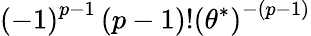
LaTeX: \left(-1\right)^{p-1}\left(p-1\right)!\left(\theta^{*}\right)^{-(p-1)}